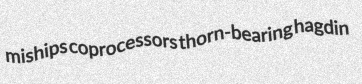
miships coprocessors thorn-bearing hagdin